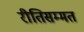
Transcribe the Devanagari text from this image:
रीतिसम्मत